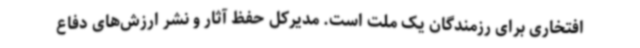
افتخاری برای رزمندگان یک ملت است. مدیرکل حفظ آثار و نشر ارزش‌های دفاع